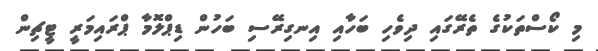
މި ކޯސްތަކުގެ ތެރޭގައި ދިވެހި ބަހާއި އިނގިރޭސި ބަހުން ޑިޕްލޮމާ ޕްރައިމަރީ ޓީޗިން